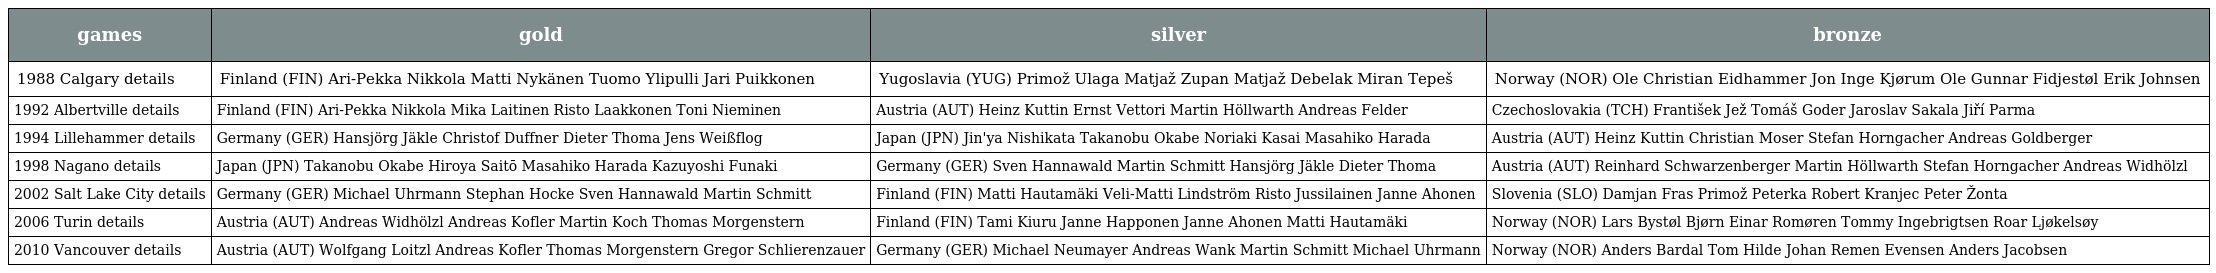
| games | gold | silver | bronze |
 | --- | --- | --- | --- |
 | 1988 Calgary details | Finland (FIN) Ari-Pekka Nikkola Matti Nykänen Tuomo Ylipulli Jari Puikkonen | Yugoslavia (YUG) Primož Ulaga Matjaž Zupan Matjaž Debelak Miran Tepeš | Norway (NOR) Ole Christian Eidhammer Jon Inge Kjørum Ole Gunnar Fidjestøl Erik Johnsen |
 | 1992 Albertville details | Finland (FIN) Ari-Pekka Nikkola Mika Laitinen Risto Laakkonen Toni Nieminen | Austria (AUT) Heinz Kuttin Ernst Vettori Martin Höllwarth Andreas Felder | Czechoslovakia (TCH) František Jež Tomáš Goder Jaroslav Sakala Jiří Parma |
 | 1994 Lillehammer details | Germany (GER) Hansjörg Jäkle Christof Duffner Dieter Thoma Jens Weißflog | Japan (JPN) Jin'ya Nishikata Takanobu Okabe Noriaki Kasai Masahiko Harada | Austria (AUT) Heinz Kuttin Christian Moser Stefan Horngacher Andreas Goldberger |
 | 1998 Nagano details | Japan (JPN) Takanobu Okabe Hiroya Saitō Masahiko Harada Kazuyoshi Funaki | Germany (GER) Sven Hannawald Martin Schmitt Hansjörg Jäkle Dieter Thoma | Austria (AUT) Reinhard Schwarzenberger Martin Höllwarth Stefan Horngacher Andreas Widhölzl |
 | 2002 Salt Lake City details | Germany (GER) Michael Uhrmann Stephan Hocke Sven Hannawald Martin Schmitt | Finland (FIN) Matti Hautamäki Veli-Matti Lindström Risto Jussilainen Janne Ahonen | Slovenia (SLO) Damjan Fras Primož Peterka Robert Kranjec Peter Žonta |
 | 2006 Turin details | Austria (AUT) Andreas Widhölzl Andreas Kofler Martin Koch Thomas Morgenstern | Finland (FIN) Tami Kiuru Janne Happonen Janne Ahonen Matti Hautamäki | Norway (NOR) Lars Bystøl Bjørn Einar Romøren Tommy Ingebrigtsen Roar Ljøkelsøy |
 | 2010 Vancouver details | Austria (AUT) Wolfgang Loitzl Andreas Kofler Thomas Morgenstern Gregor Schlierenzauer | Germany (GER) Michael Neumayer Andreas Wank Martin Schmitt Michael Uhrmann | Norway (NOR) Anders Bardal Tom Hilde Johan Remen Evensen Anders Jacobsen |